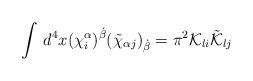
LaTeX: \begin{align*}\int\, d^{4}x (\chi^{\alpha}_{i})^{\dot{\beta}}(\tilde{\chi}_{\alpha j})_{\dot{\beta}}= \pi^{2}{\cal K}_{li}\tilde{\cal K}_{lj} \end{align*}